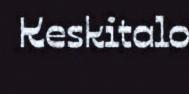
Keskitalo